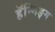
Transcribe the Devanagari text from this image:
हॅन्गिङ्ग